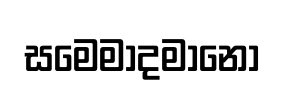
සමෙමාදමානො